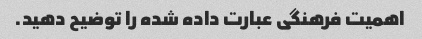
اهمیت فرهنگی عبارت داده شده را توضیح دهید.